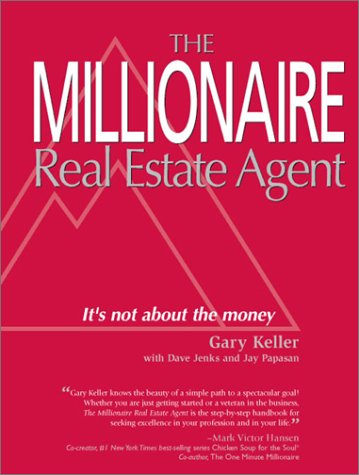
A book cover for Millionaire Real Estate Agent: It's Not About the Money; Gary Keller; Business & Money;